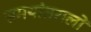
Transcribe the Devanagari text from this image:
समयांतरालों